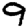
Digit: 9